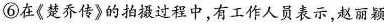
⑥在《楚乔传》的拍摄过程中，有工作人员表示，赵丽颖